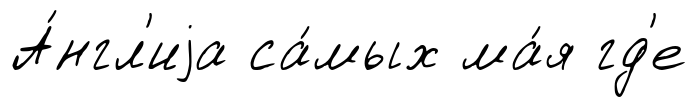
А́нгл'иjа са́мых ма́я гд'е